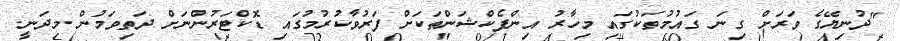
"ދުނިޔޭގެ ވަރަށް ގިނަ ގައުމުތަކުގައި މިހާރު އިންފެކްޝަންތަކަށް ފަރުވާކުރުމުގައި ޑޮކްޓަރުންނަށް ދަތިވަމުން މިދަނީ.